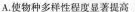
A.使物种多样性程度显著提高